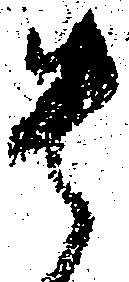
貴